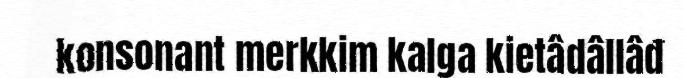
konsonant merkkim kalga kietâdâllâđ